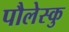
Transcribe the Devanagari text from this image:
पौलेस्कु